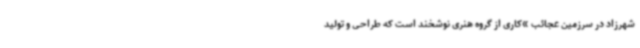
شهرزاد در سرزمین عجائب »کاری از گروه هنری نوشخند است که طراحی و تولید